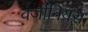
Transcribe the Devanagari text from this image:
वर्जीनियंस